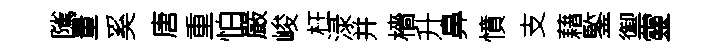
隲量奚唐重怕嚴峻枉渌并檣升鼻憤支藉鍳禦靈